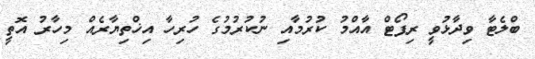
ބްލެޓާ ވިދާޅުވީ ރިޕޯޓް އާއްމު ކުރުމާއި ނުކުރުމުގެ ހުރިހާ އިޚްތިޔާރެއް މިހާރު އޮތީ